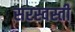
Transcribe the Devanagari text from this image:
सरस्वस्ती